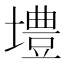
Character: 𪤡